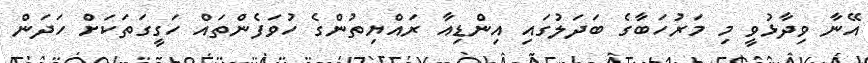
އޭނާ ވިދާޅުވީ މި މަރުހަބާގެ ބަދަލުގައި އިންޑިއާ ރައްޔިތުންގެ ހުވަފެންތައް ހަގީގަތަކަށް ހަދަން